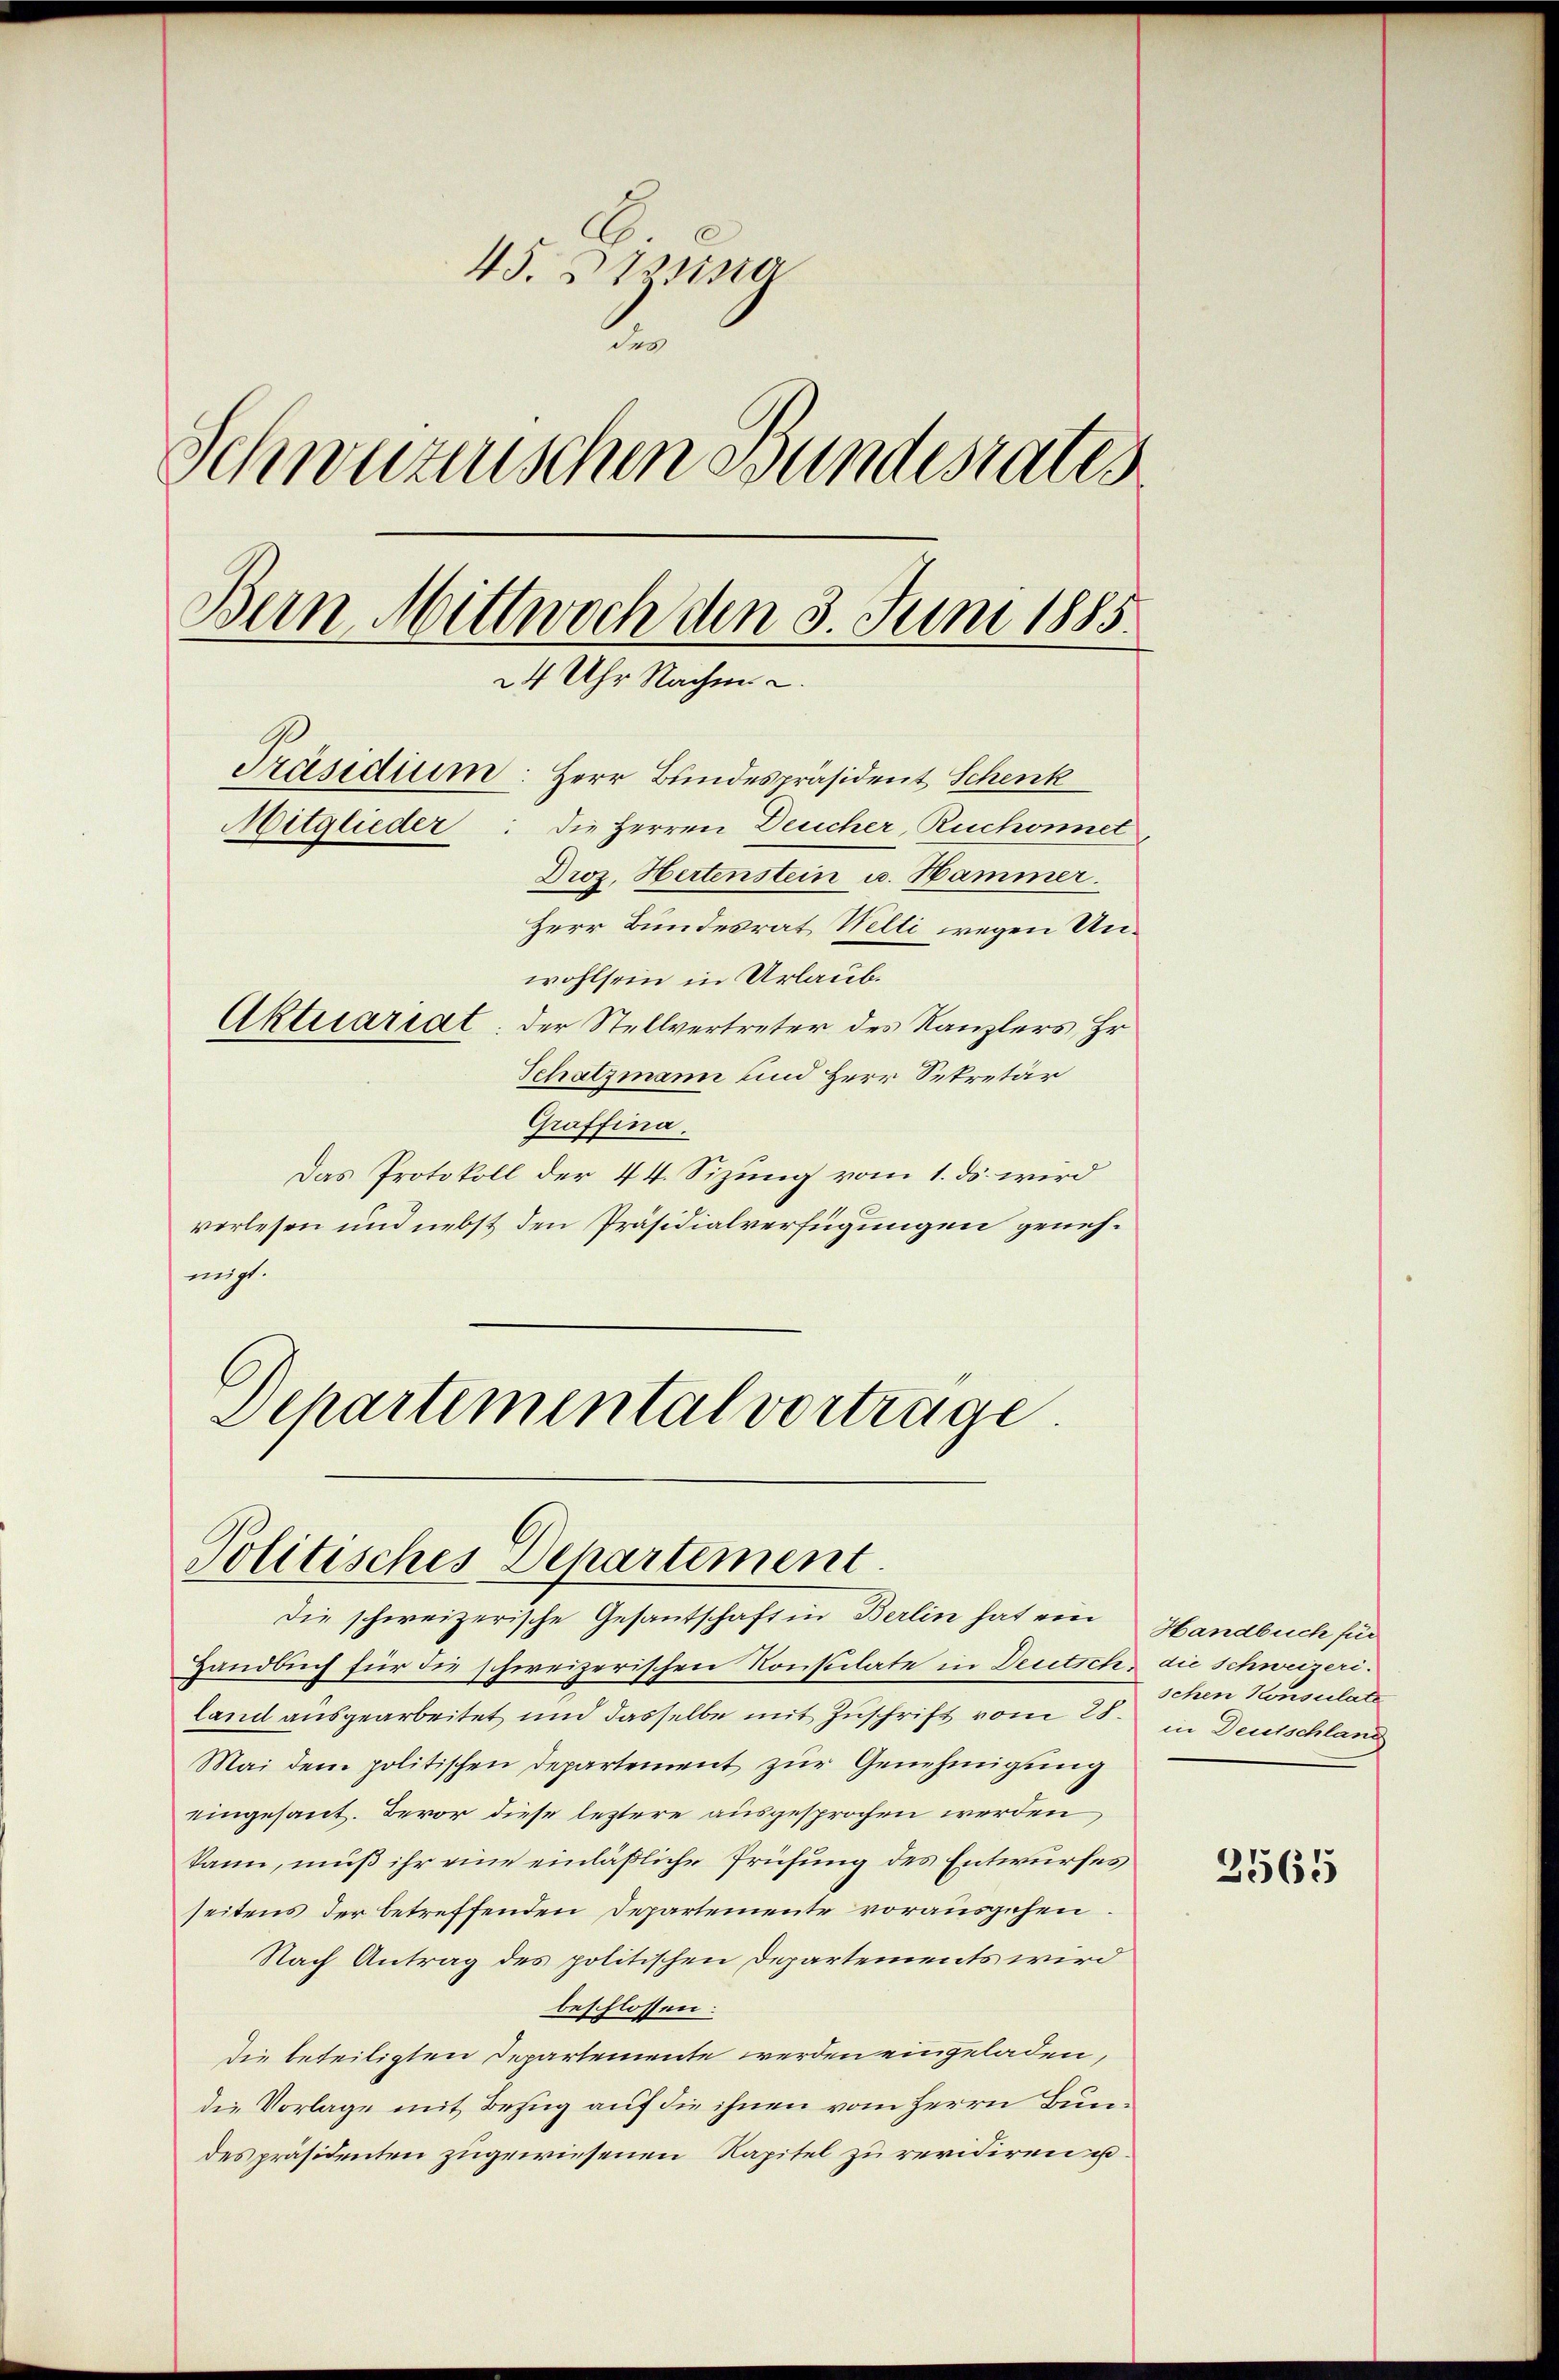
45. Dista
.
Schweizerischen Bundesrates
Bern Mittwoch den 3. Juni 1885.
24 Uhr Nachmi
Präsidium: Herr Bundespräsident Schenk
Mitglieder: die Herren Deucher, Ruchonnet
Droz. Hertenstein u. Hammer.
Herr Bundesrat Welti wegen Unwohlsein in Urlaub.
Aktuariat: der Stellvertreter des Kanzlers, Hr.
Schatzmann und Herr Sekretär

Graffina.
Das Protokoll der 44. Sizung vom 1. ds. wird
verlesen und nebst den Präsidialverfügungen genehmigt.

Schartemental vortrage
Politisches Departement.
die schweizerische Gesantschaft in Berlin hat ein

Handbuch für die schweizerischen Konstilate in Deutsch, die Schweizeriland ausgearbeitet und dasselbe mit Zuschrift vom 25. in Deutschland
Mai dem politischen Departement zur Genehmigung
eingesant. Bevor diese leztere ausgesprochen werden
kann, muß ihr eine einläßliche Prüfung des Entwurfes
seitens der betreffenden Departemente vorausgehen.
Nach Antrag des politischen Departements wird
beschlossen:
Die beteiligten Departemente werden eingeladen,
die Vorlage mit Bezug auf die ihnen vom Herrn Bundes präsidenten zugewiesenen Kapitel zu revidiren u.

Handbuch für
schen Konsulate

2565